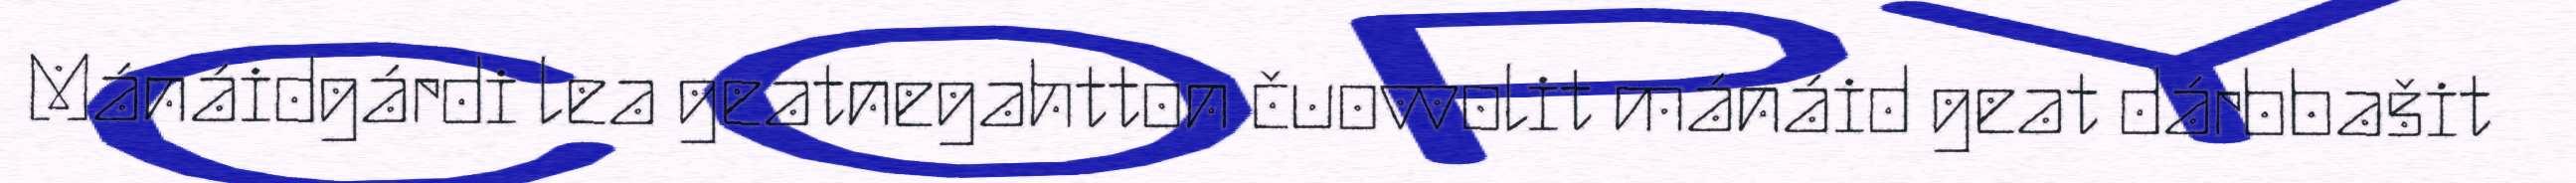
Mánáidgárdi lea geatnegahtton čuovvolit mánáid geat dárbbašit